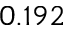
0 . 1 9 2